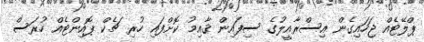
ޕްލޭޓެއް ޖަހައިގެން އިސްރާއީލުގެ ސިފައިން ޤާއިމު ކޮށްފައި ހުރި ޗެކް ޕޮއިންޓެއް ހުރަސް